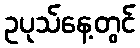
ဥပုသ်နေ့တွင်